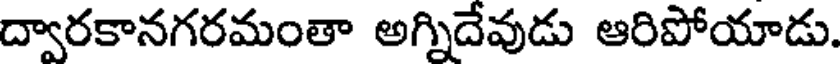
ద్వారకానగరమంతా అగ్నిదేవుడు ఆరిపోయాడు.